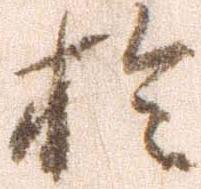
於